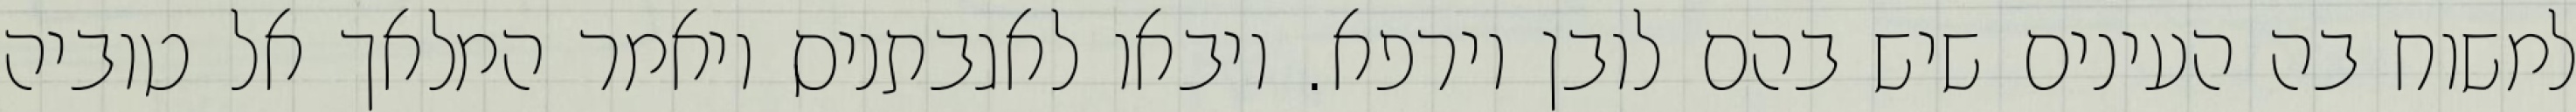
למשוח בה העינים שיש בהם לובן וירפא. ויבאו לאגבתניס ויאמר המלאך אל טוביה